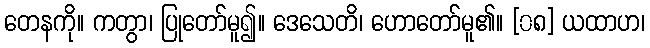
တေနကို။ ကတွာ၊ ပြုတော်မူ၍။ ဒေသေတိ၊ ဟောတော်မူ၏။ [၀၈] ယထာဟ၊